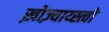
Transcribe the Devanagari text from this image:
ख़ोज़्याय्स्त्वो